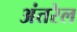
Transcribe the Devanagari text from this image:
अंतरेल